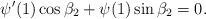
LaTeX: \begin{align*}\psi'(1)\cos\beta_2+\psi(1)\sin\beta_2=0.\end{align*}